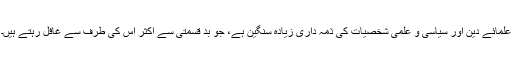
علمائے دین اور سیاسی و علمی شخصیات کی ذمہ داری زیادہ سنگین ہے، جو بد قسمتی سے اکثر اس کی طرف سے غافل رہتے ہیں۔